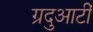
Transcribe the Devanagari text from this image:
ग्रदुआटीं